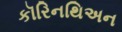
કૉરિનથિઅન